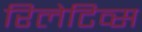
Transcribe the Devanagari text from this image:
रिलेटिव्स